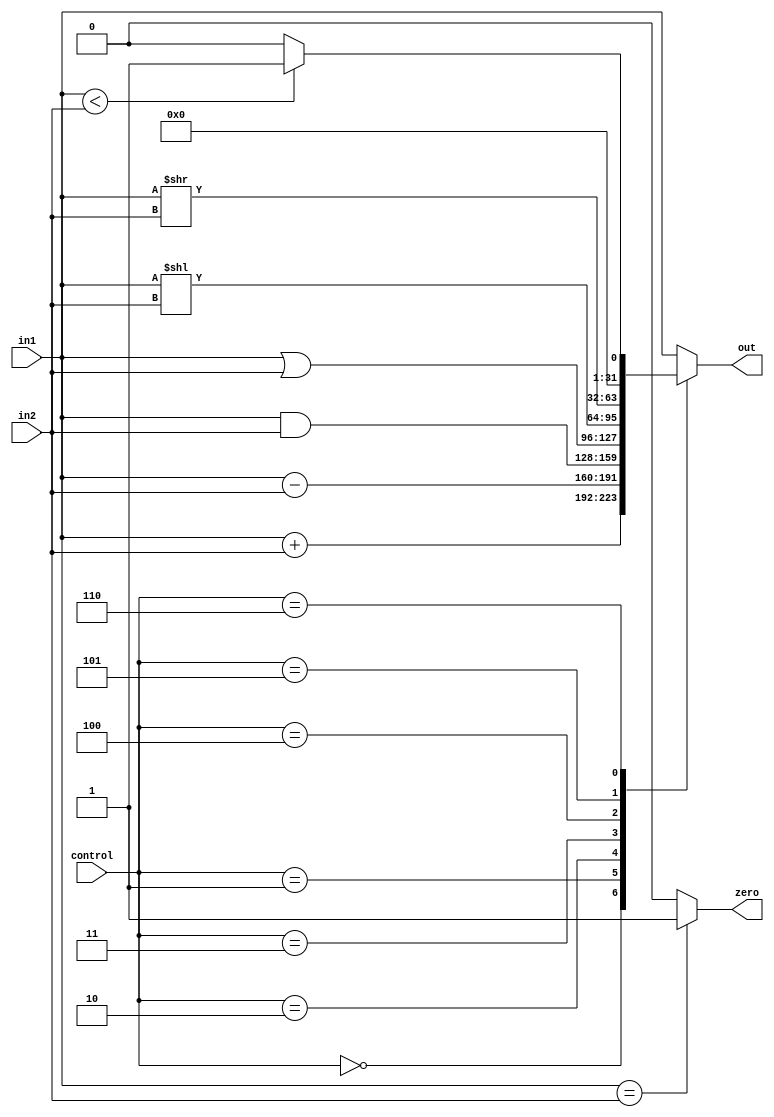
`timescale 1ns / 1ps
module ALU(out,in1,in2,control,zero);
input [31:0] in1, in2;
input [2:0] control;
output reg [31:0] out;
output reg zero=0;
always @ (in1, in2, control)
begin
if (in1 == in2)
zero <= 1;
else
zero <= 0;
end

always @ (in1,in2,control) begin
	
	case(control)

	3'b000: begin
		out <= in1 + in2;
	end

	3'b001: begin
		out <= in1 - in2;
	end

	3'b010: begin
		out <= in1 & in2;
	end

	3'b011: begin
		out <= in1 | in2;
	end
	3'b100: begin
		out <= in1 << in2;
	end
	3'b101: begin
		out <= in1 >>in2;
	end
	3'b110: begin
		if(in1 < in2) begin
			out <= 32'd1;
		end
		else begin
			out <= 32'd0;
		end
	end
	
	default:out<=in1;
	
	endcase

end

endmodule